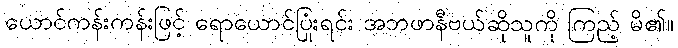
ယောင်ကန်းကန်းဖြင့် ရောယောင်ပြုံးရင်း အဘဖာနီဗယ်ဆိုသူကို ကြည့် မိ၏။